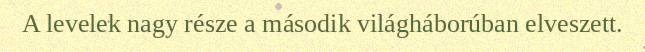
A levelek nagy része a második világháborúban elveszett.